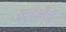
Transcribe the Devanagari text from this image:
स्वदेशीची